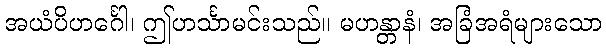
အယံပိဟင်္ဂေါ၊ ဤဟင်္သာမင်းသည်။ မဟန္တာနံ၊ အခြံအရံများသော